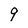
Character: 9